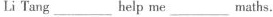
Li Tang___help me___maths.